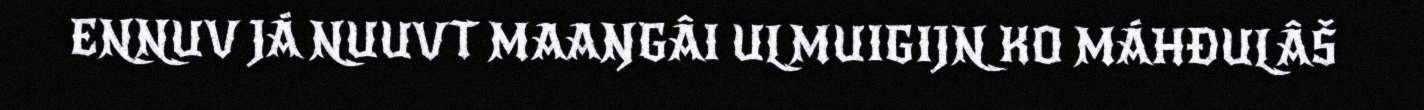
ENNUV JÁ NUUVT MAAŊGÂI ULMUIGIJN KO MÁHĐULÂŠ